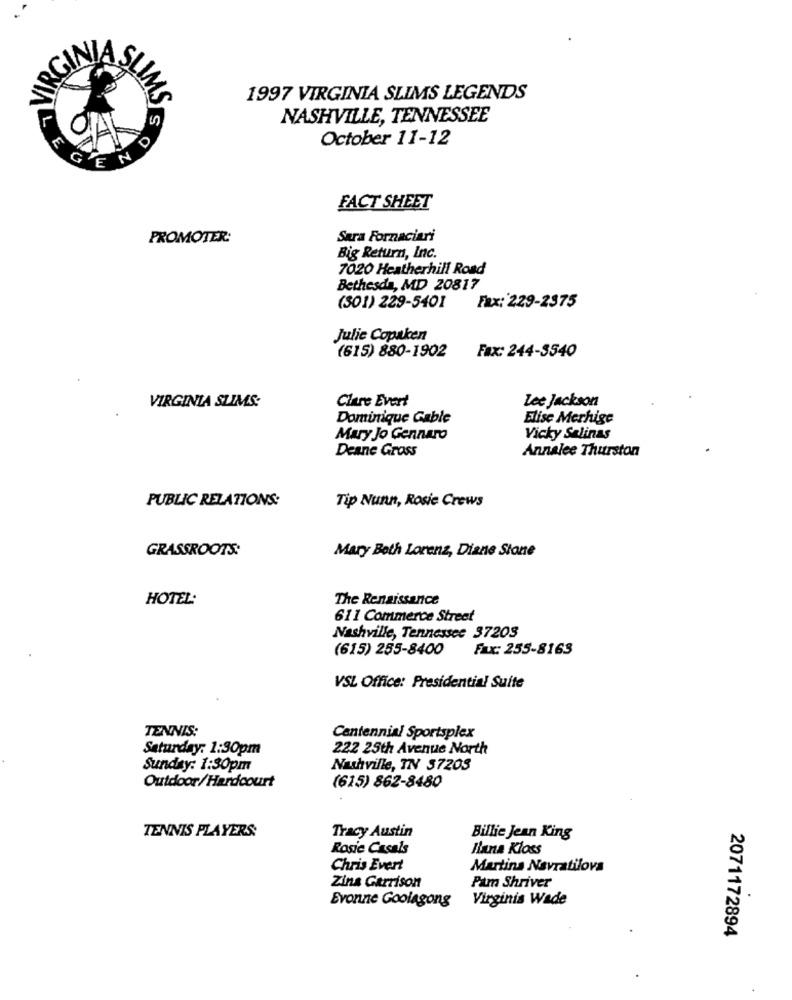
RG
M
1997 VIRGINIA SLIMS LEGENDS
NASHVILLE, TENNESSEE
October 11-12
END
FACT SHEET
PROMOTER:
Sara Fornaciari
Big Return, Inc.
7020 Heatherhill Road
Bethesda, MD 20817
Fax: 229-2375
(301) 229-5401
Julie Copaken
Fax: 244-3540
(615) 880-1902
VIRGINIA SUMS:
Clare Evert
Lee Jackson
Dominique Gable
Elise Merhige
Mary Jo Gennaro
Vicky Salinas
Deane Gross
Annalee Thurston
PUBLIC RELATIONS:
Tip Nunn, Rosie Crews
GRASSROOTS:
Mary Beth Lorenz, Diane Sione
HOTEL:
The Renaissance
611 Commerce Street
Nashville, Tennessee 37203
(615) 255-8400
Fax: 255-8163
VSL Office: Presidential Suite
TENNIS:
Centennial Sportsplex
Saturday: 1:30pm
222 25th Avenue North
Sunday: 1:30pm
Nashville, TN 37203
Outdoor/Hardcourt
(615) 862-8480
TENNIS PLAYERS:
Tracy Austin
Billie Jean King
Rosie Casals
Ilana Kloss
Chris Evert
Martina Navratilova
Zina Garrison
Pam Shriver
Virginia Wade
Evonne Goolagong
2071172894
.